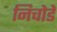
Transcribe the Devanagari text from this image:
निचोडें